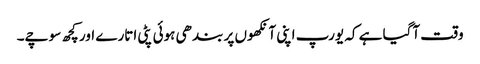
وقت آگیا ہے کہ یورپ اپنی آنکھوں پر بندھی ہوئی پٹی اتارے اور کچھ سوچے۔